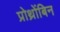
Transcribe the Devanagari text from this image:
प्रोथ्रोंबिन